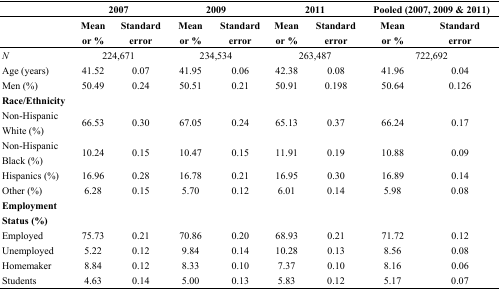
<table><thead><tr><td></td><td colspan="2"><b>2007</b></td><td colspan="2"><b>2009</b></td><td colspan="2"><b>2011</b></td><td colspan="2"><b>Pooled (2007, 2009 &amp; 2011)</b></td></tr><tr><td></td><td><b>Mean or %</b></td><td><b>Standard error</b></td><td><b>Mean or %</b></td><td><b>Standard error</b></td><td><b>Mean or %</b></td><td><b>Standard error</b></td><td><b>Mean or %</b></td><td><b>Standard error</b></td></tr></thead><tbody><tr><td><i>N</i></td><td colspan="2">224,671</td><td colspan="2">234,534</td><td colspan="2">263,487</td><td colspan="2">722,692</td></tr><tr><td>Age (years)</td><td>41.52</td><td>0.07</td><td>41.95</td><td>0.06</td><td>42.38</td><td>0.08</td><td>41.96</td><td>0.04</td></tr><tr><td>Men (%)</td><td>50.49</td><td>0.24</td><td>50.51</td><td>0.21</td><td>50.91</td><td>0.198</td><td>50.64</td><td>0.126</td></tr><tr><td><b>Race/Ethnicity</b></td><td></td><td></td><td></td><td></td><td></td><td></td><td></td><td></td></tr><tr><td>Non-Hispanic White (%)</td><td>66.53</td><td>0.30</td><td>67.05</td><td>0.24</td><td>65.13</td><td>0.37</td><td>66.24</td><td>0.17</td></tr><tr><td>Non-Hispanic Black (%)</td><td>10.24</td><td>0.15</td><td>10.47</td><td>0.15</td><td>11.91</td><td>0.19</td><td>10.88</td><td>0.09</td></tr><tr><td>Hispanics (%)</td><td>16.96</td><td>0.28</td><td>16.78</td><td>0.21</td><td>16.95</td><td>0.30</td><td>16.89</td><td>0.14</td></tr><tr><td>Other (%)</td><td>6.28</td><td>0.15</td><td>5.70</td><td>0.12</td><td>6.01</td><td>0.14</td><td>5.98</td><td>0.08</td></tr><tr><td><b>Employment Status (%)</b></td><td></td><td></td><td></td><td></td><td></td><td></td><td></td><td></td></tr><tr><td>Employed</td><td>75.73</td><td>0.21</td><td>70.86</td><td>0.20</td><td>68.93</td><td>0.21</td><td>71.72</td><td>0.12</td></tr><tr><td>Unemployed</td><td>5.22</td><td>0.12</td><td>9.84</td><td>0.14</td><td>10.28</td><td>0.13</td><td>8.56</td><td>0.08</td></tr><tr><td>Homemaker</td><td>8.84</td><td>0.12</td><td>8.33</td><td>0.10</td><td>7.37</td><td>0.10</td><td>8.16</td><td>0.06</td></tr><tr><td>Students</td><td>4.63</td><td>0.14</td><td>5.00</td><td>0.13</td><td>5.83</td><td>0.12</td><td>5.17</td><td>0.07</td></tr></tbody></table>